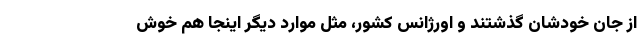
از جان خودشان گذشتند و اورژانس کشور، مثل موارد دیگر اینجا هم خوش